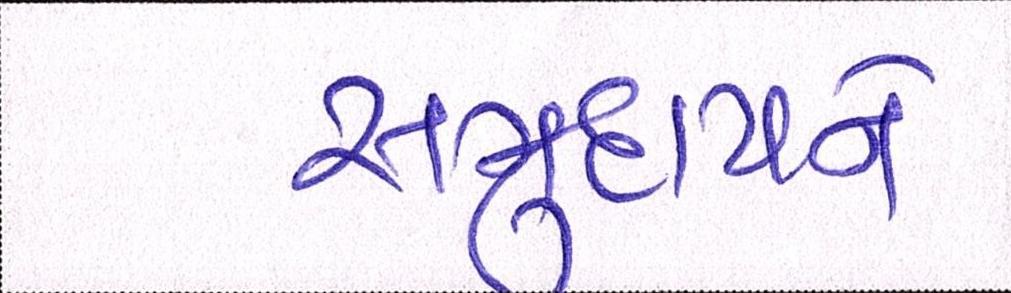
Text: સમુદાયને